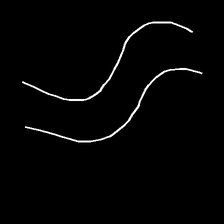
Glyph: float